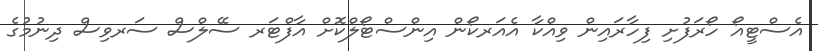
އެސްޓީއޯ ހޯރަފުށި ފިހާރައިން ވިއްކާ އެއަރކޯން އިންސްޓޯލްކޮށް އާފްޓަރ ސޭލްސް ސަރވިސް ދިނުމުގެ